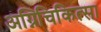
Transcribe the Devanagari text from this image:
अग्निचिकित्सा